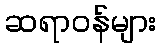
ဆရာဝန်များ